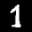
Label: 1